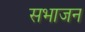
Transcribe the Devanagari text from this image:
सभाजन